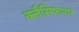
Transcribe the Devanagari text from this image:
क्लैसिफायर